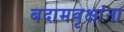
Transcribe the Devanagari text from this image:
बदामवृक्षांना